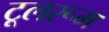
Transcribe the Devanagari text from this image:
टूलरूम